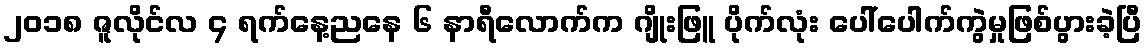
၂၀၁၈ ဇူလိုင်လ ၄ ရက်နေ့ညနေ ၆ နာရီလောက်က ဂျိုးဖြူ ပိုက်လုံး ပေါ်ပေါက်ကွဲမှုဖြစ်ပွားခဲ့ပြီ